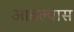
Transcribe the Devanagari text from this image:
आढल्यास